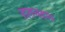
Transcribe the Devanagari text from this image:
हातचढाव